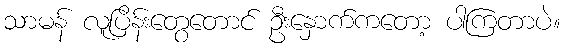
သာမန် လူပြိန်းတွေတောင် ဦးနှောက်ကတော့ ပါကြတာပဲ။